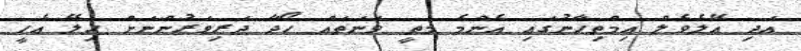
އަދި އޭލެވެލް އިމްތިހާނުގައި އެންމެ މަތީ ވަނަތައް ހޯދާ ދަރިވަރުންނަށް ހިލޭ އެހީ